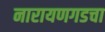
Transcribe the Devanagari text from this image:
नारायणगडचा